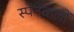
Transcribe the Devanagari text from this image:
स्पेनवालों